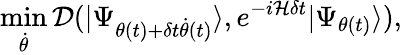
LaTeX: \operatorname*{min}_{\dot{\theta}}\mathcal{D}(|\Psi_{\theta(t)+\delta t\dot{\theta}(t)}\rangle,e^{-i\mathcal{H}\delta t}|\Psi_{\theta(t)}\rangle),